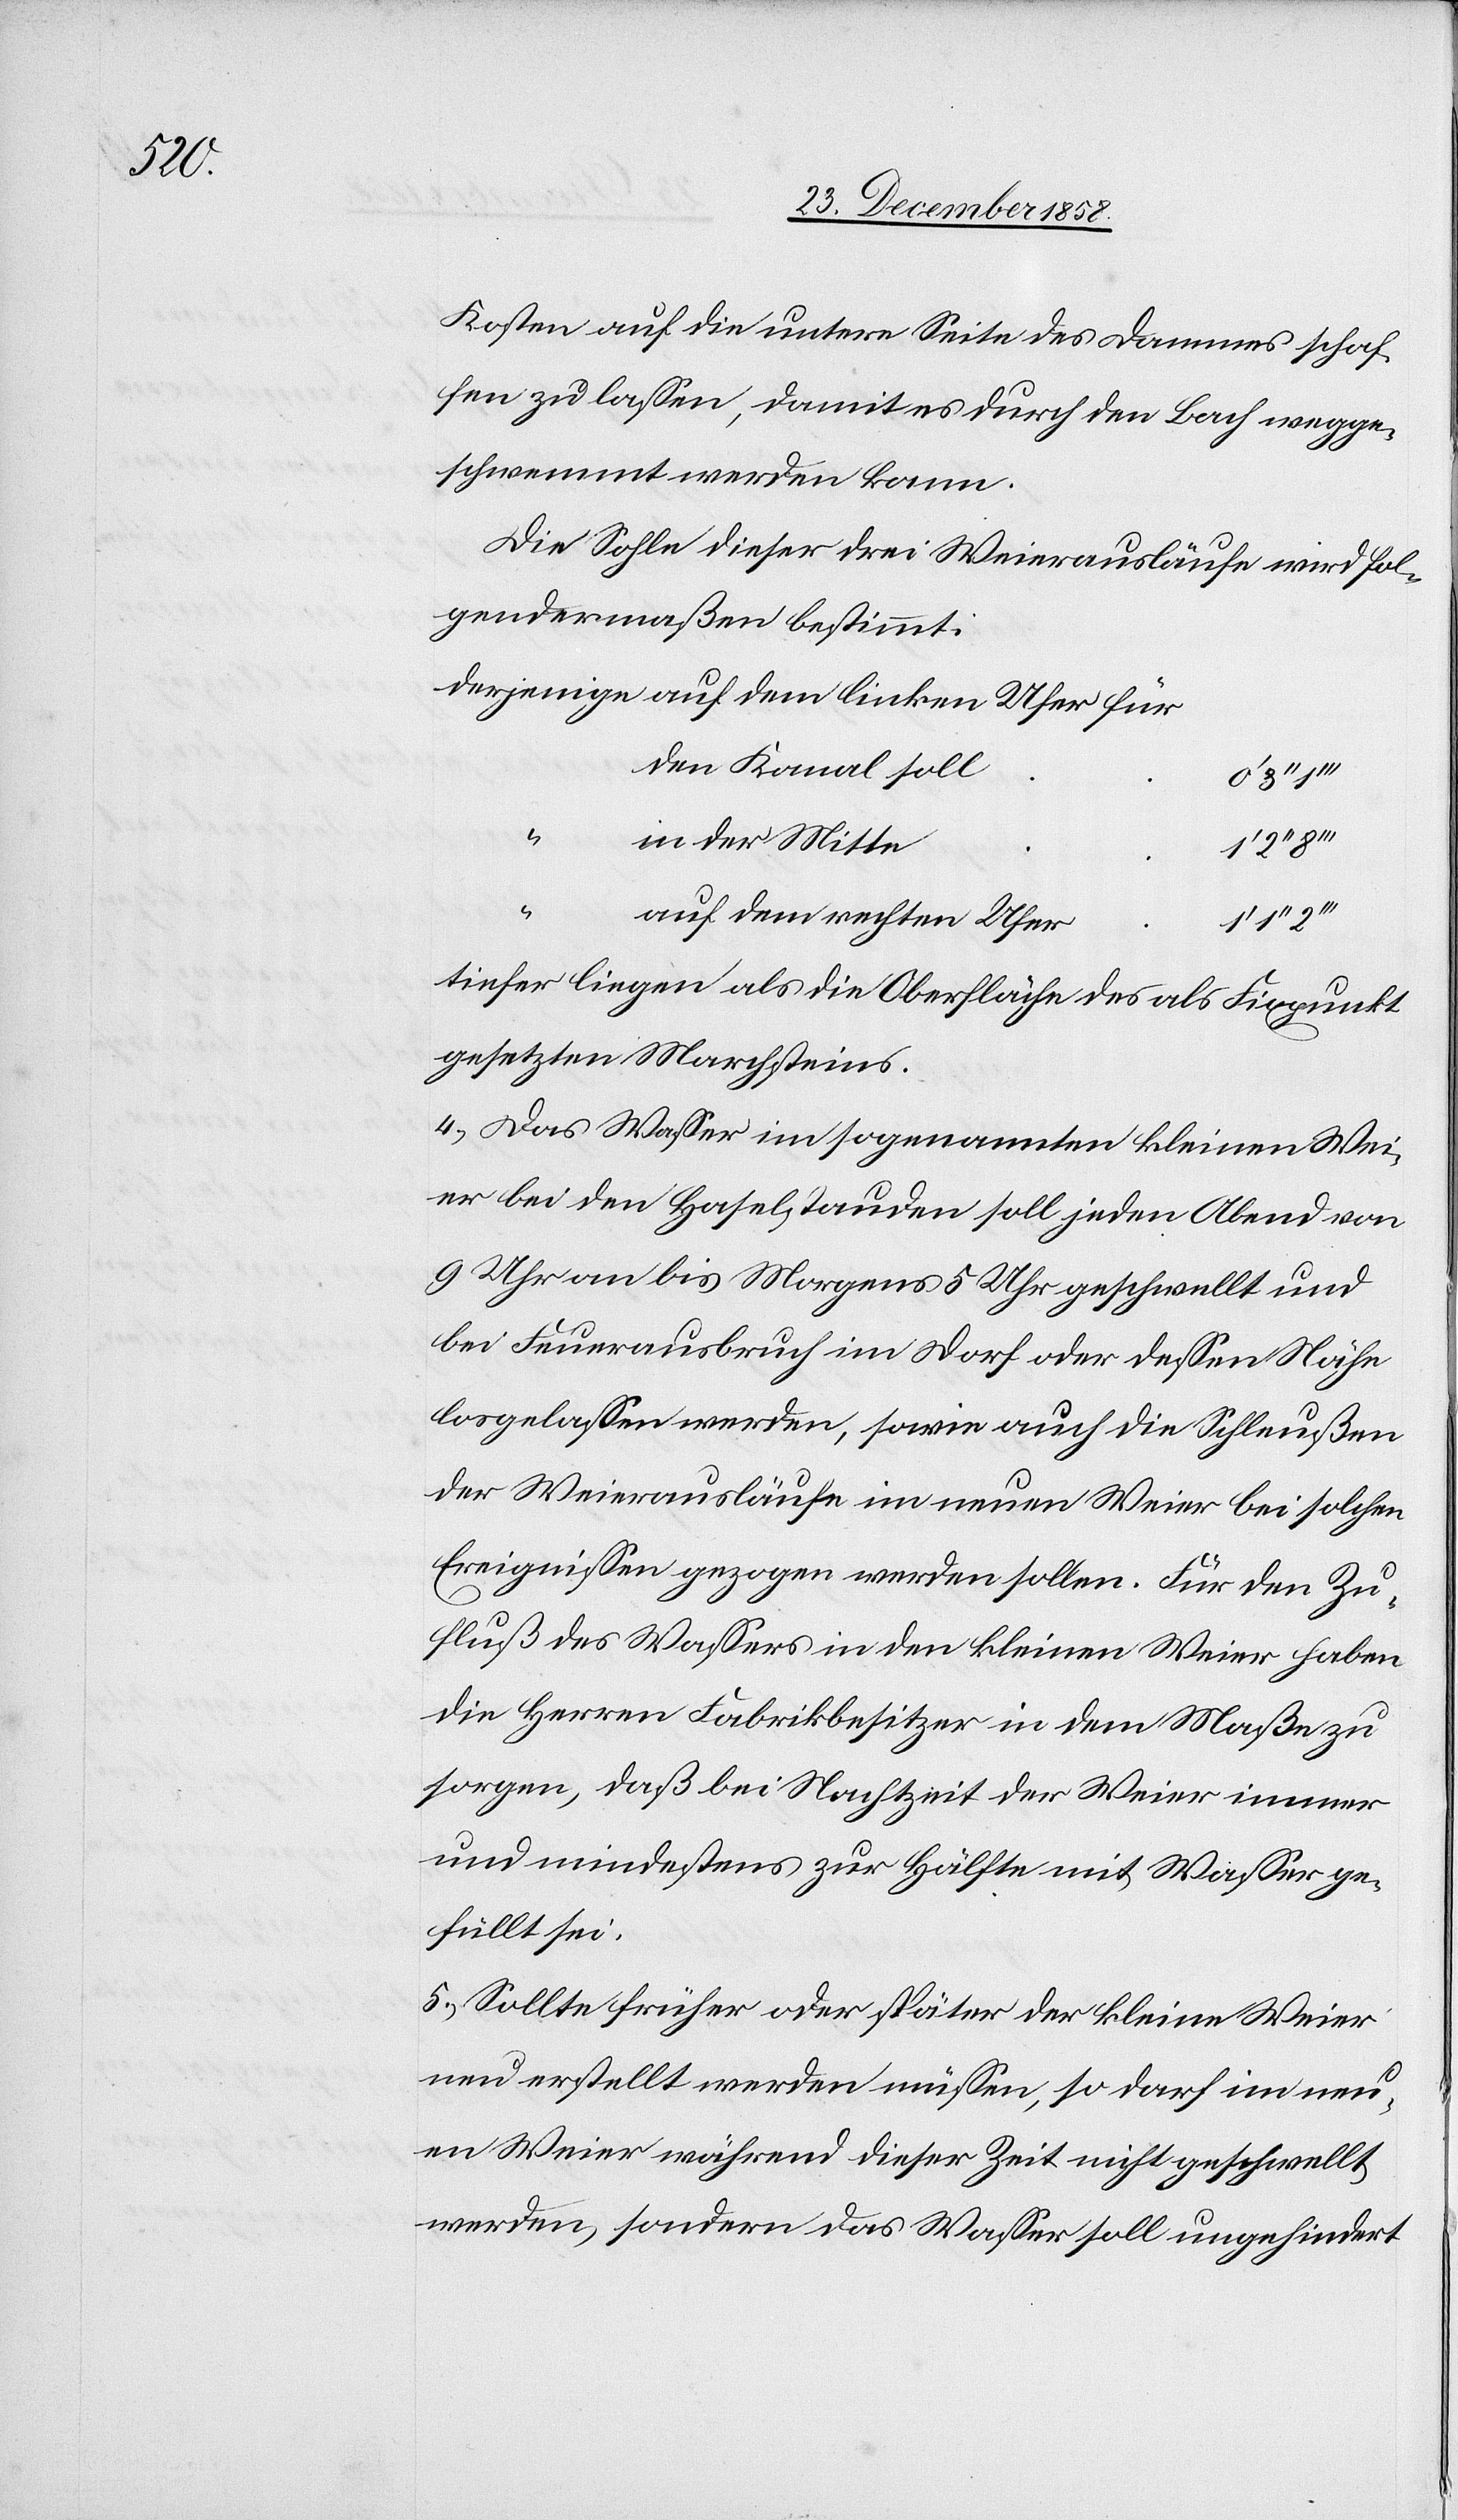
Kosten auf die untere Seite des Dammes schaf¬
fen zu lassen, damit es durch den Bach wegge¬
schwemmt werden kann.
Die Sohle dieser drei Weierausläufe wird fol¬
gendermaßen bestimmt:
den Kanal soll
“
in der Mitte
linken Ufer
für
auf dem rechten Ufer
tiefer liegen als die Oberfläche des als Fixpunkt
gesetzten Marchsteins.
4.) Das Wasser im sogenannten kleinen Wei¬
er bei den Haselstauden soll jeden Abend von
9 Uhr an bis Morgens 5 Uhr geschwellt und
bei Feuerausbruch im Dorf oder dessen Nähe
losgelassen werden, sowie auch die Schleußen
der Weierausläufe im neuen Weier bei solchen
Ereignissen gezogen werden sollen. Für den Zu¬
“
fluß des Wassers in den kleinen Weier haben
die Herren Fabrikbesitzer in dem Maße zu
sorgen, daß bei Nachtzeit der Weier immer
und mindestens zur Hälfte mit Wasser ge¬
füllt sei.
5.) Sollte früher oder später der kleine Weier
neu erstellt werden müssen, so darf im neu¬
en Weier während dieser Zeit nicht geschwellt
werden, sondern das Wasser soll ungehindert